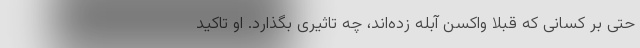
حتی بر کسانی که قبلا واکسن آبله زده‌اند، چه تاثیری بگذارد. او تاکید